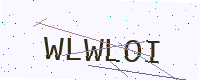
Text: WLWLOI